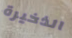
الذخيرة